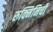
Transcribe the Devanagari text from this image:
रुक्मिनिची